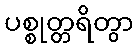
ပစ္စုတ္တရိတွာ